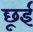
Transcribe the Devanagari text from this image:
छूई